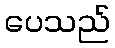
ပေသည်